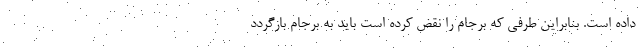
داده است. بنابراین طرفی که برجام را نقض کرده است باید به برجام بازگردد